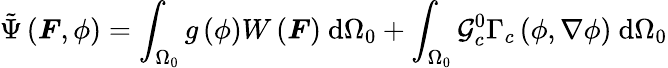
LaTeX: \tilde{\Psi}\left(\boldsymbol{F},\phi\right)=\int_{\Omega_{0}}g\left(\phi\right)W\left(\boldsymbol{F}\right)\ \mathrm{d}\Omega_{0}+\int_{\Omega_{0}}\mathcal{G}_{c}^{0}\Gamma_{c}\left(\phi,\nabla\phi\right)\ \mathrm{d}\Omega_{0}